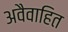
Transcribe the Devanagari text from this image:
अवैवाहित